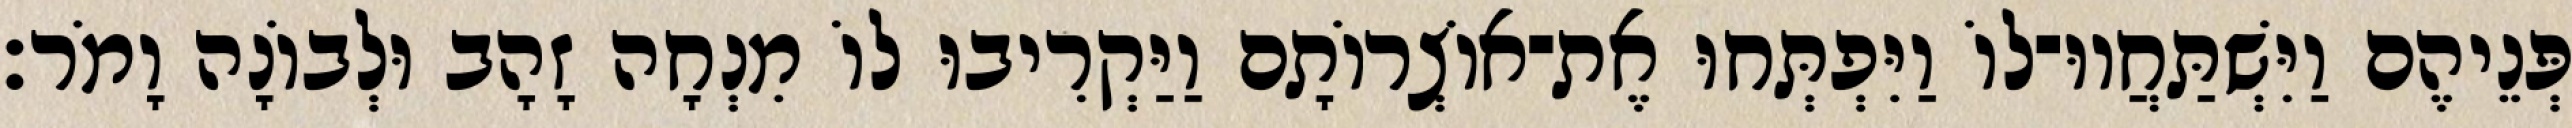
פְּנֵיהֶם וַיִּשְׁתַּחֲווּ־לוֹ וַיִּפְתְּחוּ אֶת־אוֹצְרוֹתָם וַיַּקְרִיבוּ לוֹ מִנְחָה זָהָב וּלְבוֹנָה וָמֹר׃